Lunatic asylums Madras 1877-1891 - 1877-1891
Year: 1877
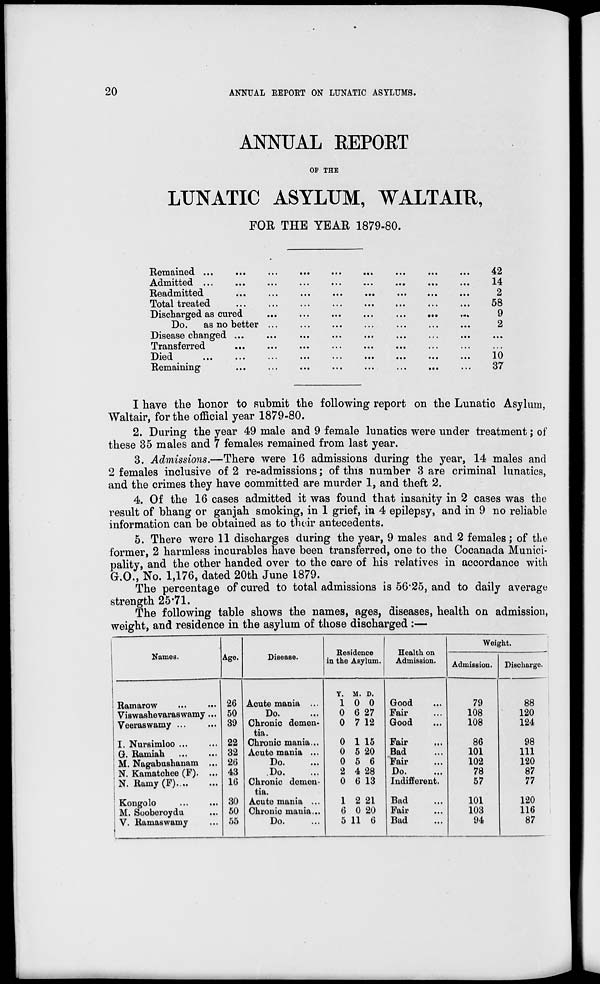
20
ANNUAL REPORT ON LUNATIC ASYLUMS.
ANNUAL REPORT
OF THE
LUNATIC ASYLUM, WALTAIR,
FOR THE YEAR 1879-80.
Remained ... ... ... ... ... ... ... ... ...
Admitted ... ... ... ... ... ... ... ... ...
Readmitted ... ... ... ... ... ... ... ... ...
Total treated ... ... ... ... ... ... ... ...
Discharged as cured ... ... ... ... ... ... ...
Do.
as no better ... ... ... ... ... ... ...
Disease changed ... ... ... ... ... ... ... ...
Transferred ... ... ... ... ... ... ... ...
Died ... ... ... ... ... ... ... ... ...
Remaining ... ... ... ... ... ... ... ... ...
42
14
2
58
9
2
...
...
10
37
I have the honor to submit the following report on the Lunatic Asylum,
Waltair, for the official year 1879-80.
2. During the year 49 male and 9 female lunatics were under treatment; of
these 35 males and 7 females remained from last year.
3. Admissions.—There were 16 admissions during the year, 14 males and
2 females inclusive of 2 re-admissions; of this number 3 are criminal lunatics,
and the crimes they have committed are murder 1, and theft 2.
4. Of the 16 cases admitted it was found that insanity in 2 cases was the
result of bhang or ganjah smoking, in 1 grief, in 4 epilepsy, and in 9 no reliable
information can be obtained as to their antecedents.
5. There were 11 discharges during the year, 9 males and 2 females; of the
former, 2 harmless incurables have been transferred, one to the Cocanada Munici-
pality, and the other handed over to the care of his relatives in accordance with
G.O., No. 1,176, dated 20th June 1879.
The percentage of cured to total admissions is 56.25, and to daily average
strength 25.71.
The following table shows the names, ages, diseases, health on admission,
weight, and residence in the asylum of those discharged :—
Names.
Ramarow ... ...
Viswashevaraswamy ...
Veeraswamy ... ...
I. Nursimloo ... ...
G. Ramiah ... ...
M. Nagabushanam ...
N. Kamatchee (F). ...
N. Ramy (F). ... ...
Kongolo ... ...
M. Sooberoydu ...
V. Ramaswamy ...
Age.
26
50
39
22
32
26
43
16
30
50
55
Disease.
Acute mania ...
Do. ...
Chronic demen-
tia.
Chronic mania ...
Acute mania ...
Do. ...
Do. ...
Chronic demen-
tia.
Acute mania ...
Chronic mania ...
Do. ...
Residece
in the Asylum.
Y.
1
0
0
0
0
0
2
0
1
6
5
M.
0
6
7
1
5
5
4
6
2
0
11
D.
0
27
12
15
20
6
28
13
21
20
6
Health on
Admission.
Good ...
Fair ...
Good ...
Fair ...
Bad ...
Fair ...
Do. ...
Indifferent.
Bad ...
Fair ...
Bad ...
Weight.
Admission.
79
108
108
86
101
102
78
57
101
103
94
Discharge.
88
120
124
98
111
120
87
77
120
116
87